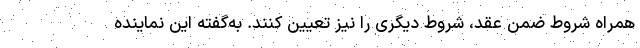
همراه شروط ضمن عقد، شروط دیگری را نیز تعیین کنند. به‌گفته این نماینده